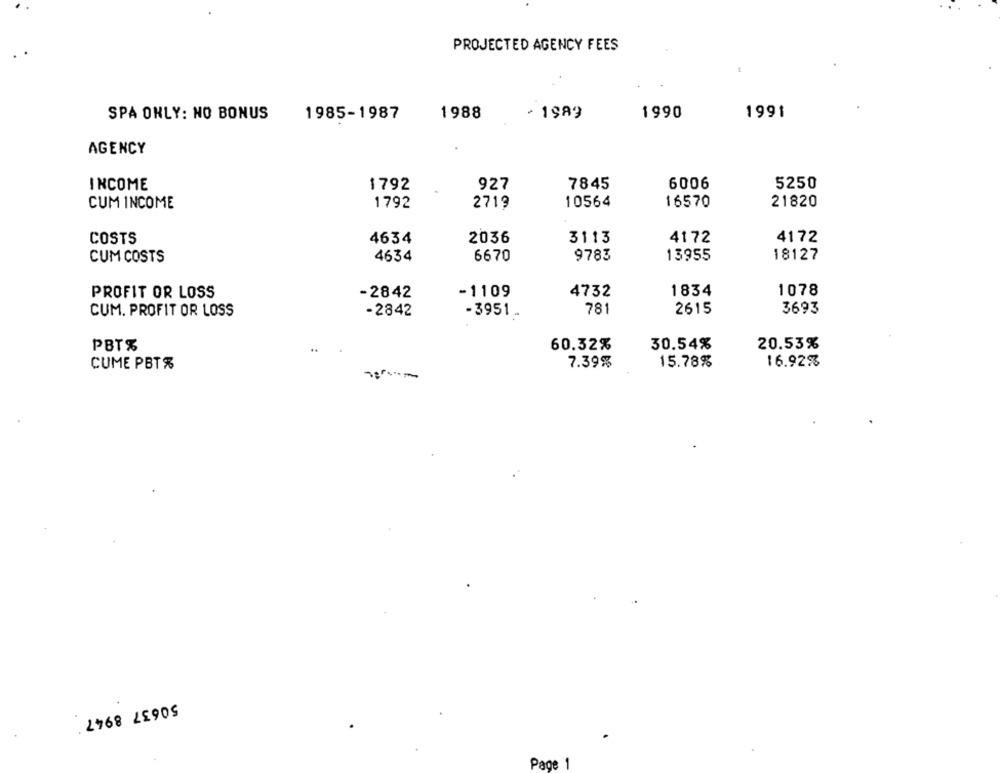
PROJECTED AGENCY FEES
SPA ONLY: NO BONUS
1985-1987
1988
- 1989
1990
1991
AGENCY
INCOME
927
7845
6006
5250
1792
CUM INCOME
1792
2719
10564
16570
21820
COSTS
4634
2036
3113
4172
4172
9783
13955
CUM COSTS
4634
6670
18127
PROFIT OR LOSS
-2842
-1109
4732
1834
1078
781
3693
CUM. PROFIT OR LOSS
-2842
-3951 -
2615
PBT%
60.32%
30.54%
20.53%
7.39%
15.78%
16.92%
CUME PBT%
50637 8947
Page 1